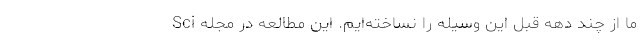
ما از چند دهه قبل این وسیله را نساخته‌ایم. این مطالعه در مجله Sci